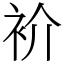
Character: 衸